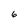
Character: 6